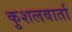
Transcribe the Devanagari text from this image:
कुशलवार्ता